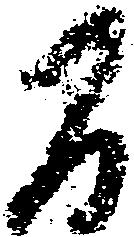
間